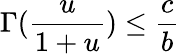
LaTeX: \Gamma(\frac{u}{1+u})\leq\frac{c}{b}